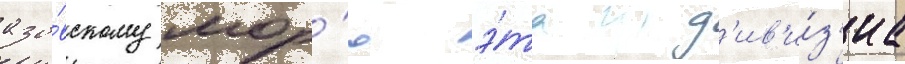
азо́вскому мор'ю э́та д'ив'и́з'иа